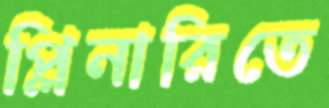
প্লিনারিতে